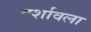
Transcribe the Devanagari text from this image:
दर्शावला